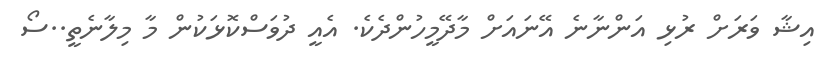
އިޝާ ވަރަށް ރުޅި އަންނާނެ އޭނައަށް މާދޭމީހުންދެކެ. އެއީ ދުވަސްކޮޅަކުން މާ މިލާނެތީ..ސޯ